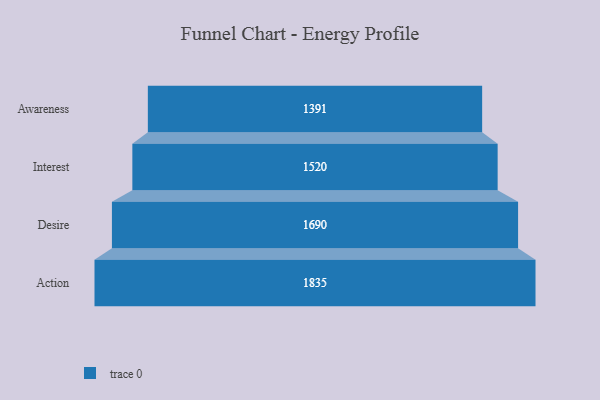
{"axis": {"x": "Stage", "y": "Value"}, "legend": [""], "data": [{"x": "Awareness", "y": 1391.0, "type": ""}, {"x": "Interest", "y": 1520.0, "type": ""}, {"x": "Desire", "y": 1690.0, "type": ""}, {"x": "Action", "y": 1835.0, "type": ""}]}